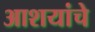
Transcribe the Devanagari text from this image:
आशयांचे